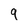
Character: 9